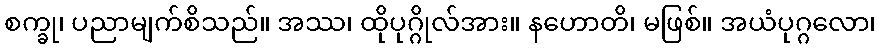
စက္ခု၊ ပညာမျက်စိသည်။ အဿ၊ ထိုပုဂ္ဂိုလ်အား။ နဟောတိ၊ မဖြစ်။ အယံပုဂ္ဂလော၊